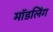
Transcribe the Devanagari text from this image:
मॉडलिंग